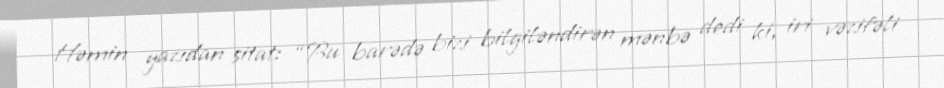
Həmin yazıdan sitat: “Bu barədə bizi bilgiləndirən mənbə dedi ki, iri vəzifəli